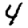
Digit: 4